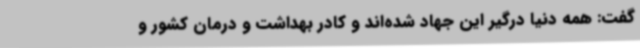
گفت: همه دنیا درگیر این جهاد شده‌اند و کادر بهداشت و درمان کشور و